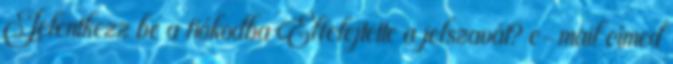
Jelentkezz be a fiókodba Elfelejtette a jelszavát? e-mail címed